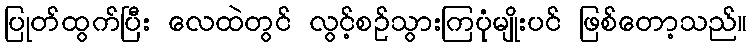
ပြုတ်ထွက်ပြီး လေထဲတွင် လွင့်စဉ်သွားကြပုံမျိုးပင် ဖြစ်တော့သည်။